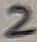
Text: 2